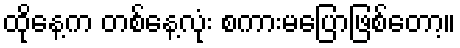
ထိုနေ့က တစ်နေ့လုံး စကားမပြောဖြစ်တော့။